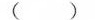
（）